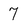
Character: 7